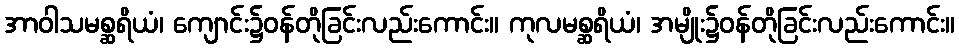
အာဝါသမစ္ဆရိယံ၊ ကျောင်း၌ဝန်တိုခြင်းလည်းကောင်း။ ကုလမစ္ဆရိယံ၊ အမျိုး၌ဝန်တိုခြင်းလည်းကောင်း။